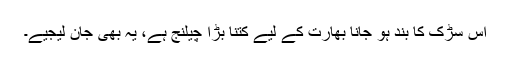
اس سڑک کا بند ہو جانا بھارت کے لیے کتنا بڑا چیلنج ہے، یہ بھی جان لیجیے۔